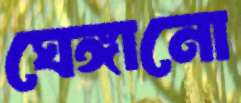
ঘেঙ্গানো